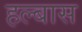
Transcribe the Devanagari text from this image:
हल्बास